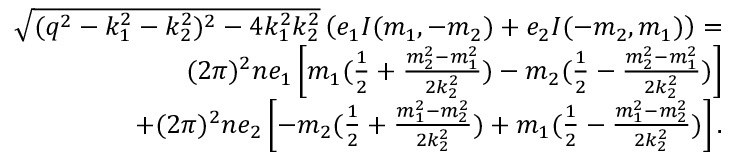
\begin{array} { r l r } & { } & { \sqrt { ( q ^ { 2 } - k _ { 1 } ^ { 2 } - k _ { 2 } ^ { 2 } ) ^ { 2 } - 4 k _ { 1 } ^ { 2 } k _ { 2 } ^ { 2 } } \left( e _ { 1 } I ( m _ { 1 } , - m _ { 2 } ) + e _ { 2 } I ( - m _ { 2 } , m _ { 1 } ) \right) = } \\ & { } & { ( 2 \pi ) ^ { 2 } n e _ { 1 } \left[ m _ { 1 } ( \frac { 1 } { 2 } + \frac { m _ { 2 } ^ { 2 } - m _ { 1 } ^ { 2 } } { 2 k _ { 2 } ^ { 2 } } ) - m _ { 2 } ( \frac { 1 } { 2 } - \frac { m _ { 2 } ^ { 2 } - m _ { 1 } ^ { 2 } } { 2 k _ { 2 } ^ { 2 } } ) \right] } \\ & { } & { + ( 2 \pi ) ^ { 2 } n e _ { 2 } \left[ - m _ { 2 } ( \frac { 1 } { 2 } + \frac { m _ { 1 } ^ { 2 } - m _ { 2 } ^ { 2 } } { 2 k _ { 2 } ^ { 2 } } ) + m _ { 1 } ( \frac { 1 } { 2 } - \frac { m _ { 1 } ^ { 2 } - m _ { 2 } ^ { 2 } } { 2 k _ { 2 } ^ { 2 } } ) \right] . } \end{array}